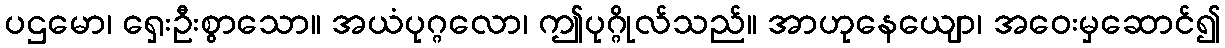
ပဌမော၊ ရှေးဦးစွာသော။ အယံပုဂ္ဂလော၊ ဤပုဂ္ဂိုလ်သည်။ အာဟုနေယျော၊ အဝေးမှဆောင်၍